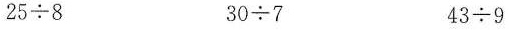
25÷8 30÷7 43÷9